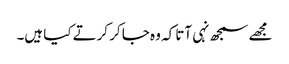
مجھے سمجھ نہی آتا کہ وہ جا کر کرتے کیا ہیں۔